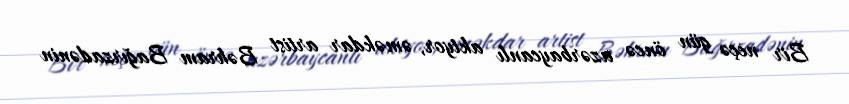
Bir neçə gün öncə azərbaycanlı aktyor, əməkdar artist Bəhram Bağırzadənin